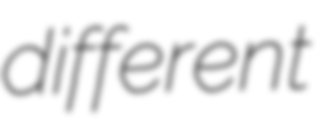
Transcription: different